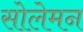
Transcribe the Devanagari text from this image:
सोलेमन